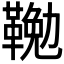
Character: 𩋭